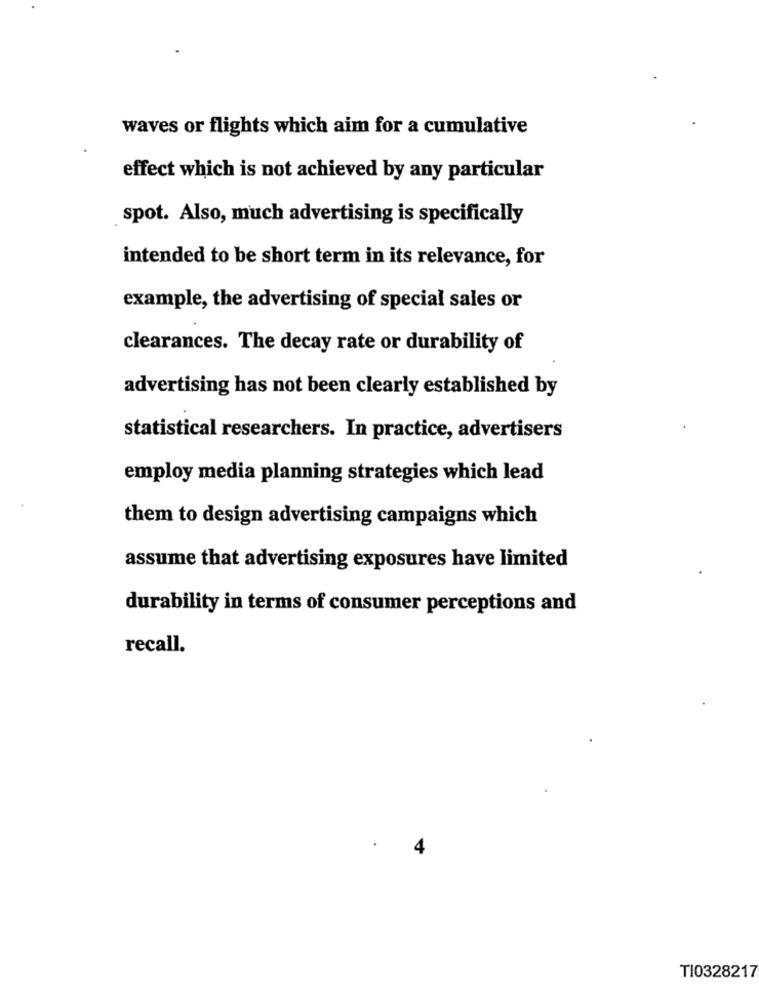
waves or flights which aim for a cumulative
effect which is not achieved by any particular
spot. Also, much advertising is specifically
intended to be short term in its relevance, for
example, the advertising of special sales or
clearances. The decay rate or durability of
advertising has not been clearly established by
statistical researchers. In practice, advertisers
employ media planning strategies which lead
them to design advertising campaigns which
assume that advertising exposures have limited
durability in terms of consumer perceptions and
recall.
4
TI0328217